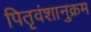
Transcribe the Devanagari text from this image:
पितृवंशानुक्रम